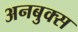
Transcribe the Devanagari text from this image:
अनबुक्स